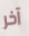
آخر